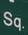
sq.